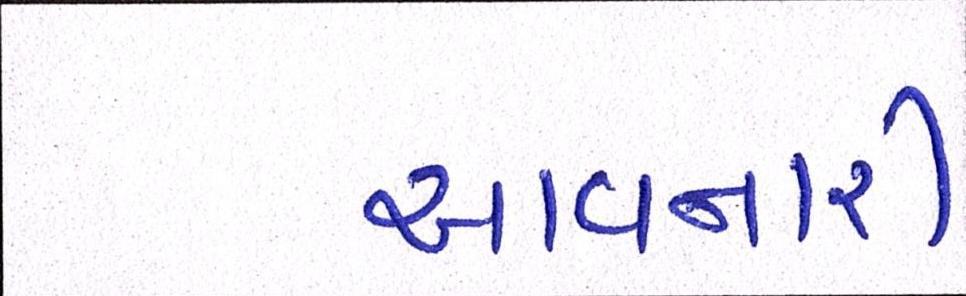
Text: આવનારી